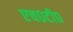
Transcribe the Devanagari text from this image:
एच०टी०